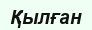
Қылған